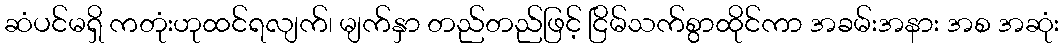
ဆံပင်မရှိ ကတုံးဟုထင်ရလျက်၊ မျက်နှာ တည်တည်ဖြင့် ငြိမ်သက်စွာထိုင်ကာ အခမ်းအနား အစ အဆုံး